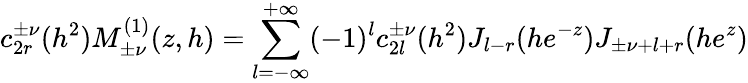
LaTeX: c_{2r}^{\pm\nu}(h^{2})M_{\pm\nu}^{(1)}(z,h)=\sum_{l=-\infty}^{+\infty}(-1)^{l}c_{2l}^{\pm\nu}(h^{2})J_{l-r}(he^{-z})J_{\pm\nu+l+r}(he^{z})